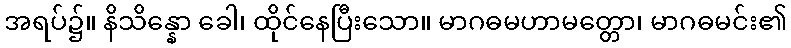
အရပ်၌။ နိသိန္နော ခေါ၊ ထိုင်နေပြီးသော။ မာဂဓမဟာမတ္တော၊ မာဂဓမင်း၏